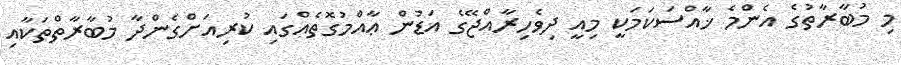
މި މުބާރާތުގެ އެންމެ ޚާއްސަކަމަކީ މިއީ ދިވެހިރާއްޖޭގެ އަޑުން ޢާއްމުގޮތެއްގައި ކުރިއަށްގެންދާ މުބާރާތްތަކާއި